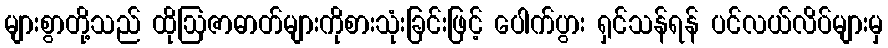
များစွာတို့သည် ထိုဩဇာဓာတ်များကိုစားသုံးခြင်းဖြင့် ပေါက်ပွား ရှင်သန်ရန် ပင်လယ်လိပ်များမှ